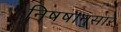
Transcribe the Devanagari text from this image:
निषषानुसार